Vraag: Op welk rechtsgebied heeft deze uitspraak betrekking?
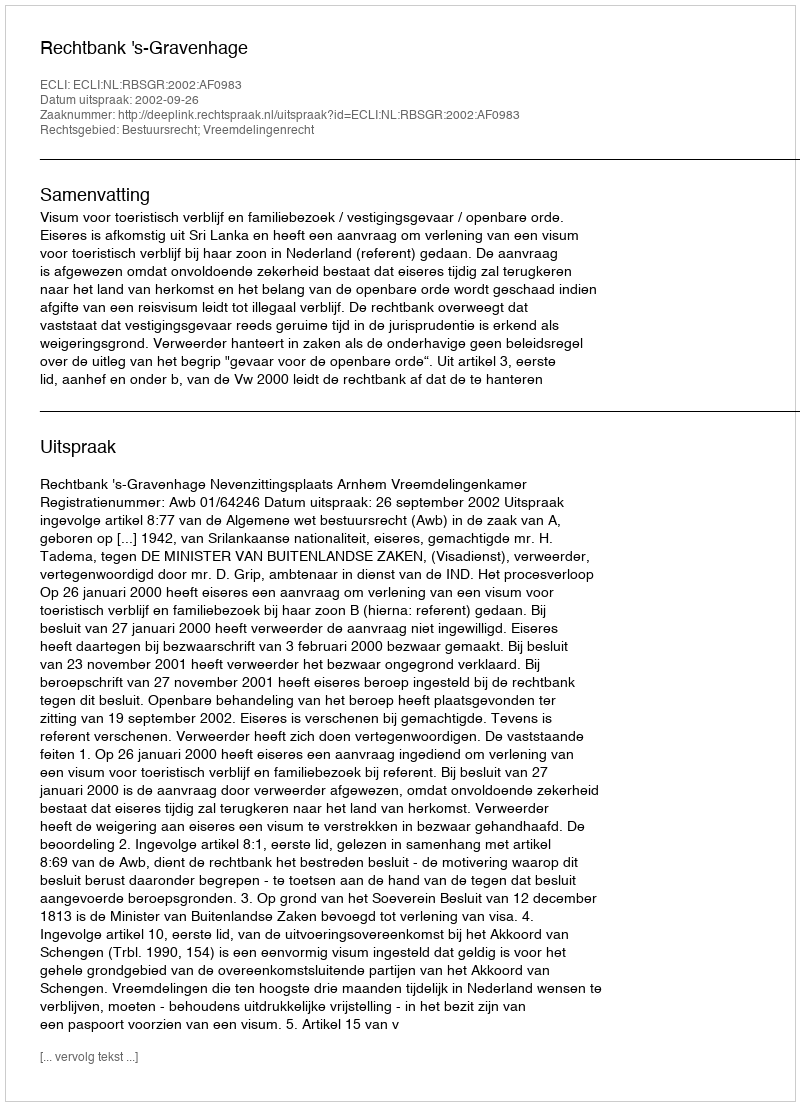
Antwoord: Bestuursrecht; Vreemdelingenrecht